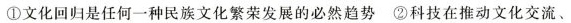
①文化回归是任何一种民族文化繁荣发展的必然趋势 ②科技在推动文化交流、